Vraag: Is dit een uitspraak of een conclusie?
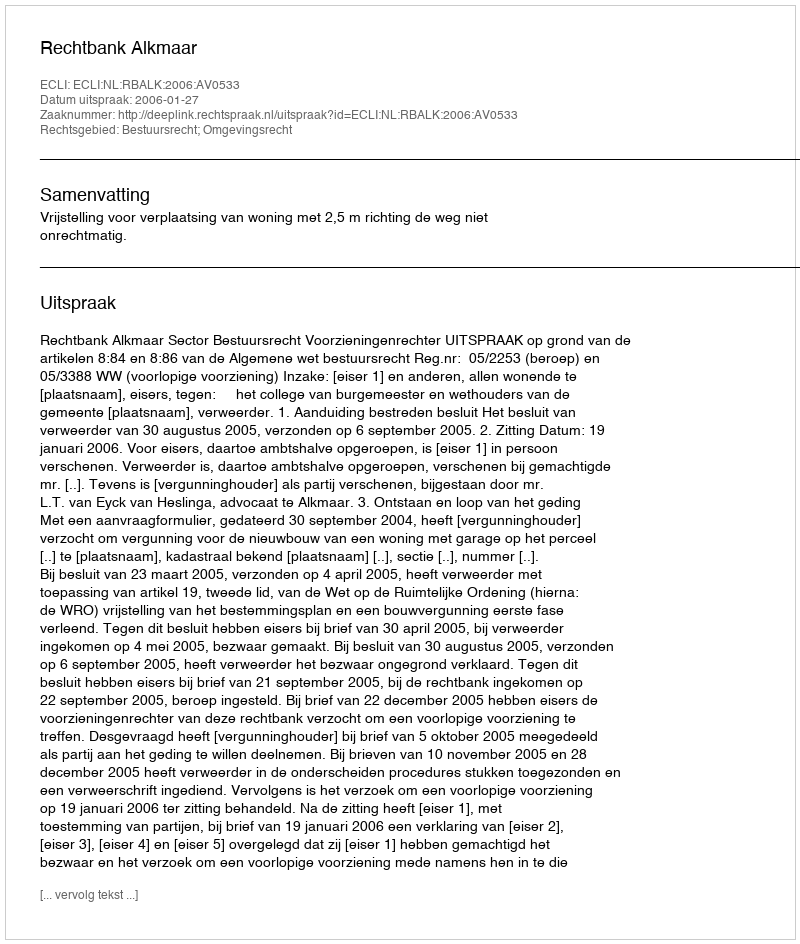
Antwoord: Uitspraak